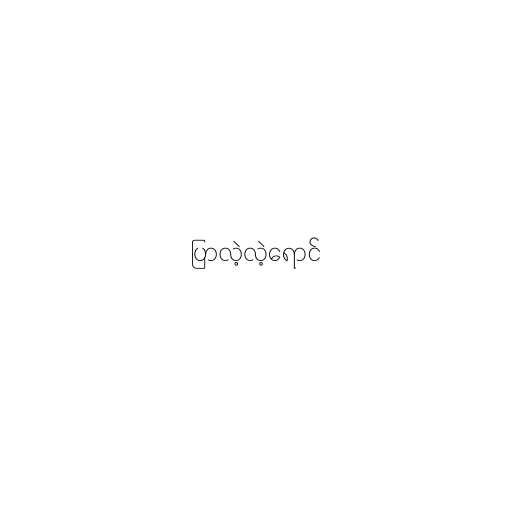
ပြာလဲ့လဲ့ရောင်